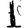
Digit: 1